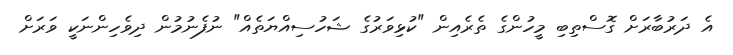
އެ ދަރުބާރަށް ގޮސްތިބި މީހުންގެ ތެރެއިން "ކުޅިވަރުގެ ޝަހުސިއްޔަތެއް" ނުފެނުމުން ދިވެހިންނަކީ ވަރަށް